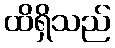
ထိရှိသည်